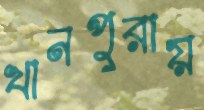
খানপুরায়